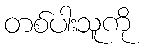
တစ်ပါးသူကို